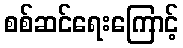
စစ်ဆင်ရေးကြောင့်